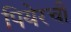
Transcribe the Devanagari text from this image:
पियेरची